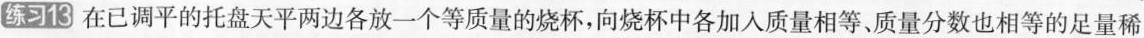
练习13在已调平的托盘天平两边各放一个等质量的烧杯，向烧杯中各加入质量相等、质量分数也相等的足量稀